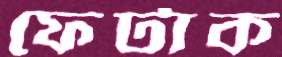
ফেটাক